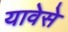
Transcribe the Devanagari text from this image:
यावेसे